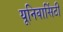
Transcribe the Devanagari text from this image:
यूनिवार्सिटी